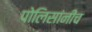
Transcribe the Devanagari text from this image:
पोलिसांनीच